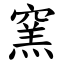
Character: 窯